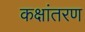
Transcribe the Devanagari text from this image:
कक्षांतरण